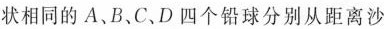
状相同的A、B、C、D四个铅球分别从距离沙